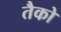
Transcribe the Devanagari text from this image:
तैको